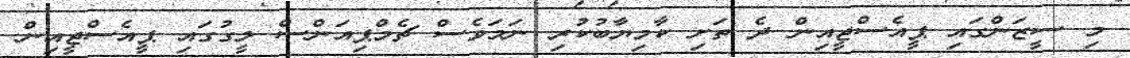
މި ސީޒަންގައި ޕީއެސްޖީއިން ދެ ތަށި ކާމިޔާބުކުރި ނަމަވެސް ޗެމްޕިއަންސް ލީގުގައި ޕީއެސްޖީއިން